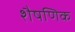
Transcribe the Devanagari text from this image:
शैषणिक